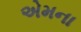
એમના